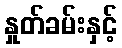
နှုတ်ခမ်းနှင့်